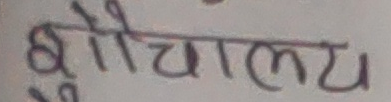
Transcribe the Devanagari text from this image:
शौचालय